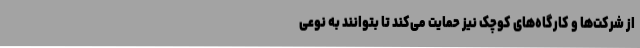
از شرکت‌ها و کارگاه‌های کوچک نیز حمایت می‌کند تا بتوانند به نوعی